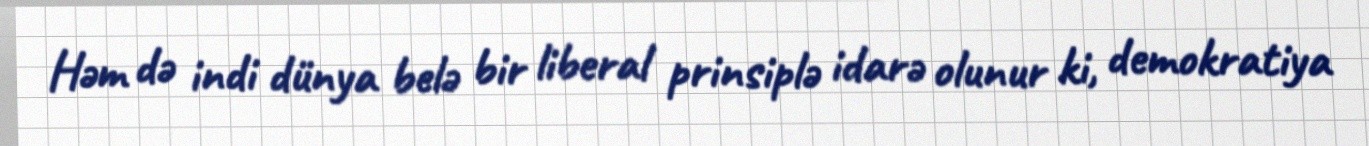
Həm də indi dünya belə bir liberal prinsiplə idarə olunur ki, demokratiya